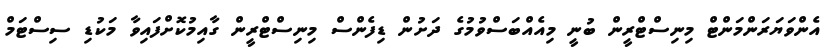
އެންވަޔަރަންމަންޓް މިނިސްޓްރީން ބުނީ މިއެއްބަސްވުމުގެ ދަށުން ޑިފެންސް މިނިސްޓްރީން ގާއިމުކޮށްފައިވާ މަކުޑި ސިސްޓަމް